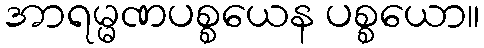
အာရမ္မဏပစ္စယေန ပစ္စယော။